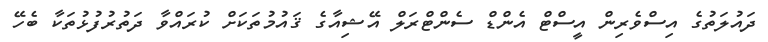
ދައުލަތުގެ އިސްވެރިން އީސްޓް އެންޑް ސެންޓްރަލް އޭޝިއާގެ ޤައުމުތަކަށް ކުރައްވާ ދަތުރުފުޅުތަކާ ބެހޭ